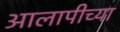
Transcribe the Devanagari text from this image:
आलापीच्या